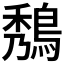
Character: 𪁮